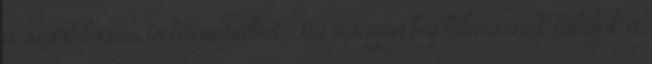
a szőrtelenítés is felmerülhet. Ha nagyon fájdalmasnak találjuk a